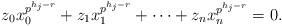
\begin{align*}z_0x_0^{p^{h_{j}-r}}+z_1x_1^{p^{h_{j}-r}}+\cdots+z_nx_n^{p^{h_{j}-r}}=0.\end{align*}